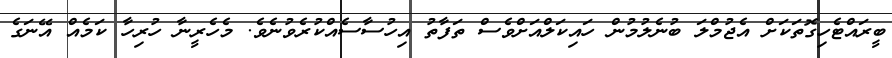
ބީރައްޓެހިގޮތަކަށް އެޖުމްލަ ބުނެލުމުން ހައިކަލްއަށްވެސް ތަފާތު އިހުސާސެއްކުރެވުނެވެ. މެހެރީނާ ހުރިހާ ކަމެއް އޭނަގެ